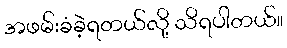
အဖမ်းခံခဲ့ရတယ်လို့ သိရပါတယ်။